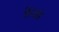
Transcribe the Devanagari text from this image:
फ्रेंडस